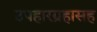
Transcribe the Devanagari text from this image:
उपहारग्रहासह